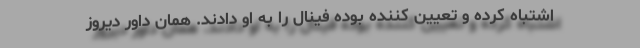
اشتباه کرده و تعیین کننده بوده فینال را به او دادند. همان داور دیروز